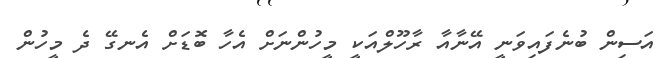
އަސިން ބުނެފައިވަނީ އޭނާއާ ރާހޫލްއަކީ މީހުންނަށް އެހާ ބޮޑަށް އެނގޭ ދެ މީހުން